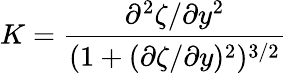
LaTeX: K=\frac{\partial^{2}\zeta/\partial y^{2}}{(1+(\partial\zeta/\partial y)^{2})^{3/2}}